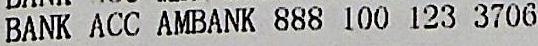
BANK ACC AMBANK 888 100 123 3706